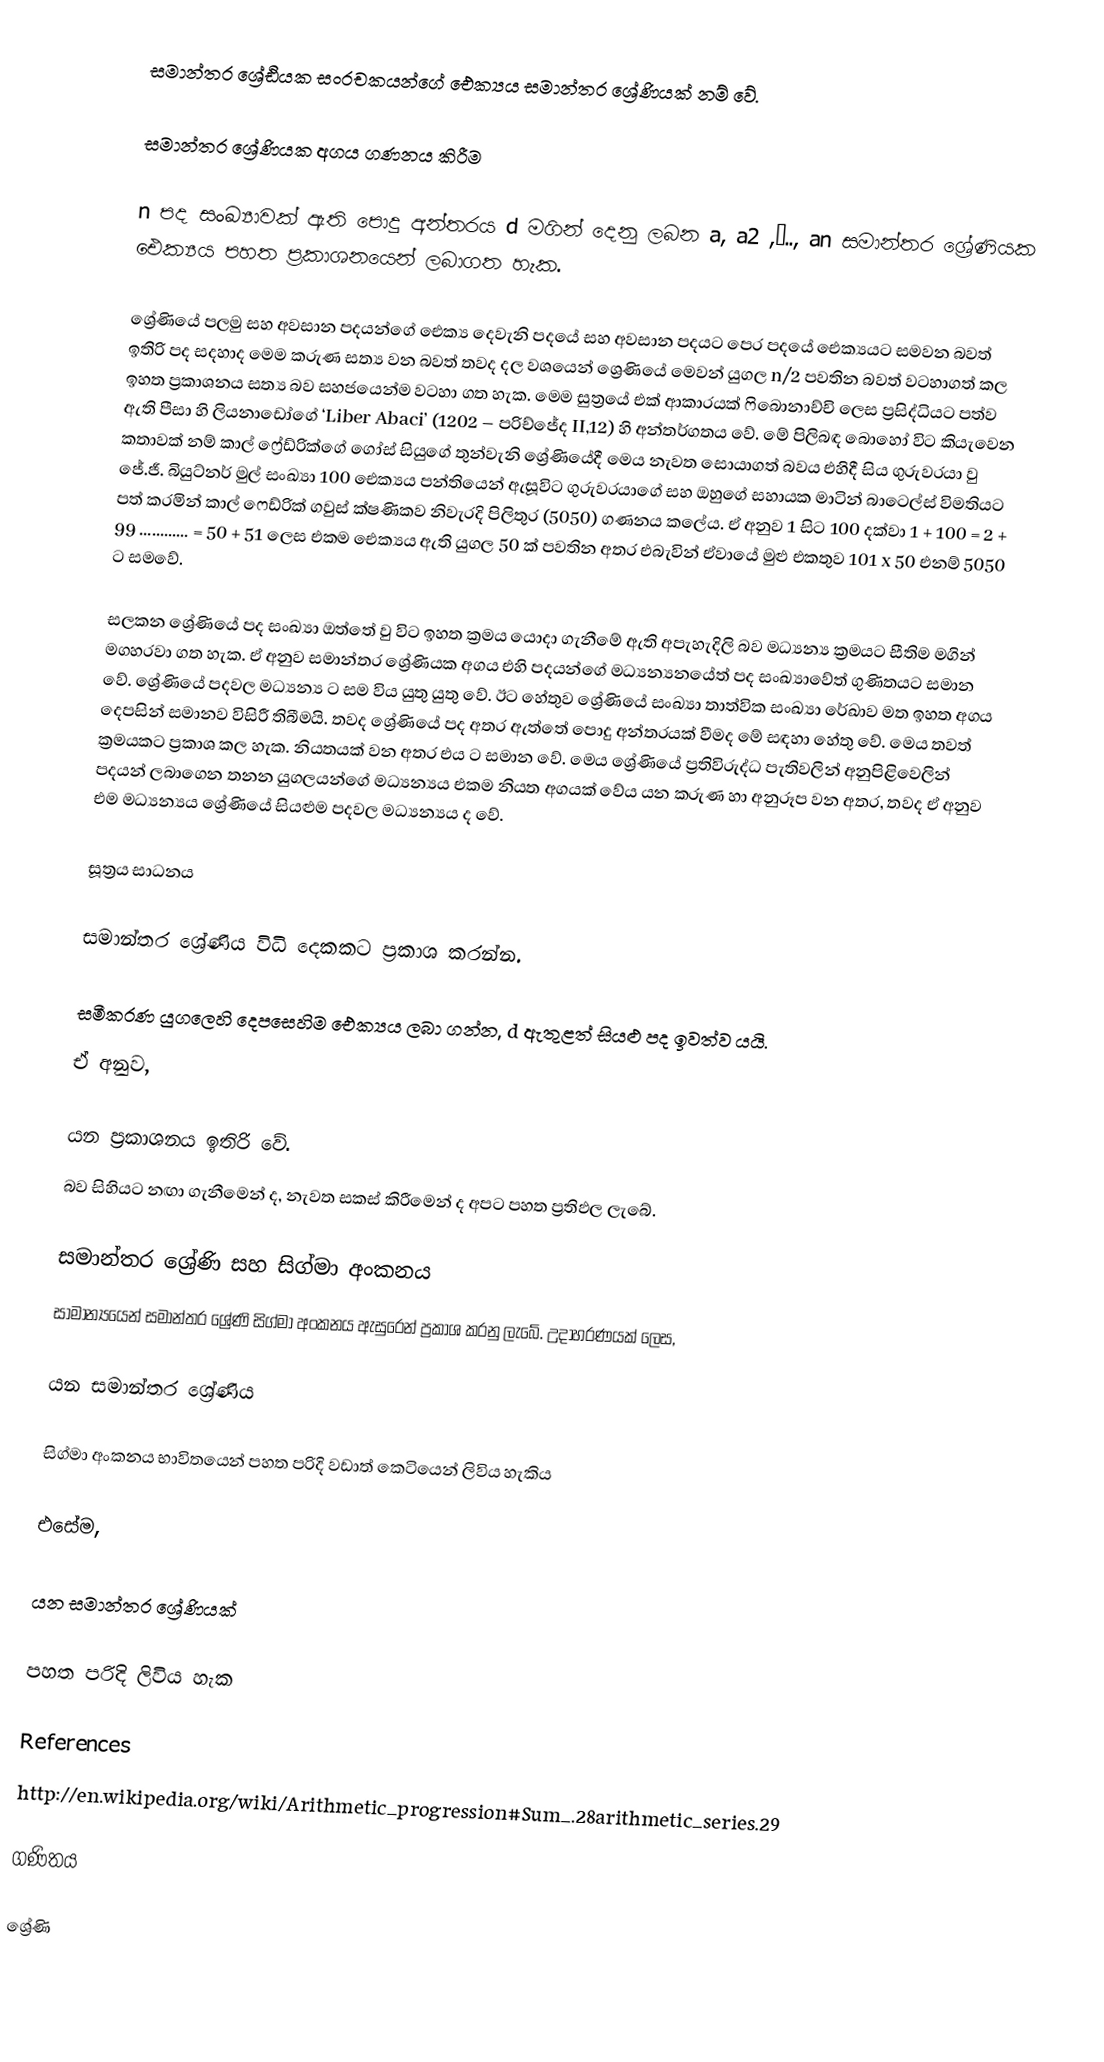
සමාන්තර ශ්‍රේඪියක සංරචකයන්ගේ ඓක්‍යය සමාන්තර ශ්‍රේණියක් නම් වේ.

සමාන්තර ශ්‍රේණියක අගය ගණනය කිරීම

n පද සංඛ්‍යාවක් ඇති පොදු අන්තරය  d මගින් දෙනු ලබන a, a2 ,….., an සමාන්තර ශ්‍රේණියක ඓක්‍යය පහත ප්‍රකාශනයෙන් ලබාගත හැක.

ශ්‍රේණියේ පලමු සහ අවසාන පදයන්ගේ ඓක්‍ය දෙවැනි පදයේ සහ අවසාන පදයට පෙර පදයේ ඓක්‍යයට සමවන බවත් ඉතිරි පද සදහාද මෙම කරුණ සත්‍ය වන බවත් තවද දල වශයෙන් ශ්‍රෙණියේ මෙවන් යුගල n/2 පවතින බවත් වටහාගත් කල ඉහත ප්‍රකාශනය සත්‍ය බව සහජයෙන්ම වටහා ගත හැක. මෙම සුත්‍රයේ එක් ආකාරයක් ෆිබොනාච්චි ලෙස ප්‍රසිද්ධියට පත්ව ඇති පීසා හි ලියනාඩෝගේ ‘Liber Abaci’ (1202 – පරිච්ජේද  II,12)  හි අන්තර්ගතය වේ. මේ පිලිබඳ බොහෝ විට කියැවෙන කතාවක් නම් කාල් ෆ්‍රේඩ්රික්ගේ ගෝස් සියුගේ තුන්වැනි ශ්‍රේණියේදී මෙය නැවත සොයාගත් බවය එහිදී සිය ගුරුවරය‍ා‍ වු ජේ.ජී. බියුට්නර් මුල් සංඛ්‍යා 100 ඓක්‍යය පන්තියෙන් ඇසූවිට ගුරුවරයාගේ සහ ඔහුගේ සහායක මාටින් බාටෙල්ස් විමතියට පත් කරමින් කාල් ෆෙඩ්රික් ගවුස්  ක්ෂණිකව නිවැරදි පිලිතුර (5050) ගණනය කලේය. ඒ අනුව 1 සිට 100 දක්වා 1 + 100 = 2 + 99 ............ = 50 + 51 ලෙස එකම ඓක්‍යය ඇති යුගල 50 ක් පවතින අතර එබැවින් ඒවායේ මුළු එකතුව 101 x 50 එනම් 5050 ට සමවේ.

සලකන ශ්‍රේණියේ පද සංඛ්‍යා ඔත්තේ වු විට ඉහත ක්‍රමය යොදා ගැනීමේ ඇති අපැහැදිලි බව මධ්‍යන්‍ය ක්‍රමයට සීතිම මගින් මගහරවා ගත හැක. ඒ අනුව සමාන්තර ශ්‍රේණියක අගය එහි පදයන්ගේ මධ්‍යන්‍යනයේත් පද සංඛ්‍යාවේත් ගුණිතයට සමාන වේ. ශ්‍රේණියේ පදවල මධ්‍යන්‍ය   ට සම විය යුතු යුතු වේ. ඊට හේතුව ශ්‍රේණියේ සංඛ්‍යා තාත්වික සංඛ්‍යා රේඛාව මත ඉහත අගය දෙපසින් සමානව විසිරී තිබීමයි. තවද ශ්‍රේණියේ පද අතර ඇත්තේ පොදු අන්තරයක් වීමද මේ සඳහා හේතු වේ. මෙය තවත් ක්‍රමයකට ප්‍රකාශ කල හැක. නියතයක් වන අතර එය  ට සමාන වේ. මෙය ශ්‍රේණියේ ප්‍රතිවිරුද්ධ පැතිවලින් අනුපිළිවෙලින් පදයන් ලබාගෙන තනන යුගලයන්ගේ මධ්‍යන්‍යය එකම නියත අගයක් වේය යන කරුණ හා අනුරූප වන අතර, තවද ඒ අනුව එම මධ්‍යන්‍යය ශ්‍රේණියේ සියළුම පදවල මධ්‍යන්‍යය ද වේ.

සූත්‍රය සාධනය

සමාන්තර ශ්‍රේණි‍ය විධි දෙකකට ප්‍රකාශ කරන්න.

සමීකරණ යුගලෙහි දෙපසෙහිම ඓක්‍යය ලබා ගන්න, d ඇතුළත් සියළු පද ඉවත්ව යයි.
ඒ අනුව,

  යන ප්‍රකාශනය ඉතිරි වේ.
 බව සිහියට නඟා ගැනීමෙන් ද, නැවත සකස් කිරීමෙන් ද අපට පහත ප්‍රතිඵල ලැබේ.

සමාන්තර ශ්‍රේණි සහ සිග්මා අංකනය
සාමාන්‍යයෙන් සමාන්තර ශ්‍රේණි  සිග්මා අංකනය ඇසුරෙන් ප්‍රකාශ කරනු ලැබේ. උදාහරණයක් ලෙස,

 යන සමාන්තර ශ්‍රේණිය

සිග්මා අංකනය භාවිතයෙන් පහත පරිදි වඩාත් කෙටියෙන් ලිවිය හැකිය

එසේම,

 යන සමාන්තර ශ්‍රේණියක්

පහත පරිදි ලිවිය හැක

References
http://en.wikipedia.org/wiki/Arithmetic_progression#Sum_.28arithmetic_series.29

 ගණිතය

ශ්‍රේණි